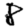
Digit: 8